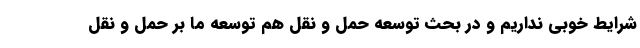
شرایط خوبی نداریم و در بحث توسعه حمل و نقل هم توسعه ما بر حمل و نقل